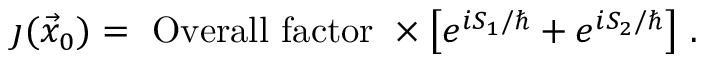
\j ( \vec { x } _ { 0 } ) = ~ \mathrm { O v e r a l l ~ f a c t o r } ~ \times \left[ e ^ { i S _ { 1 } / \hbar } + e ^ { i S _ { 2 } / \hbar } \right] \, .